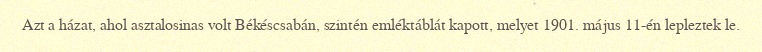
Azt a házat, ahol asztalosinas volt Békéscsabán, szintén emléktáblát kapott, melyet 1901. május 11-én lepleztek le.